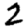
Digit: 2